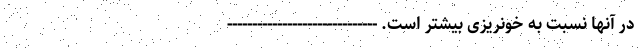
در آنها نسبت به خونریزی بیشتر است. ------------------------------